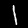
Digit: 1